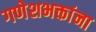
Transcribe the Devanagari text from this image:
गणेशभक्तांना